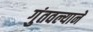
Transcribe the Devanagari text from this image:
गुंतवल्याने